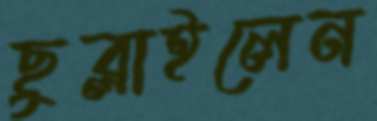
ছুব্‌লাইলেন